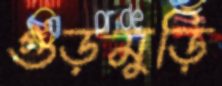
গুড়মুড়ি